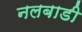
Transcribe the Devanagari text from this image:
नलबाडी